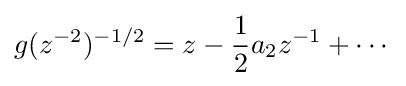
g(z^{-2})^{-1/2}=z-{1 \over 2}a_{2}z^{-1}+\cdots